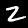
Digit: 2